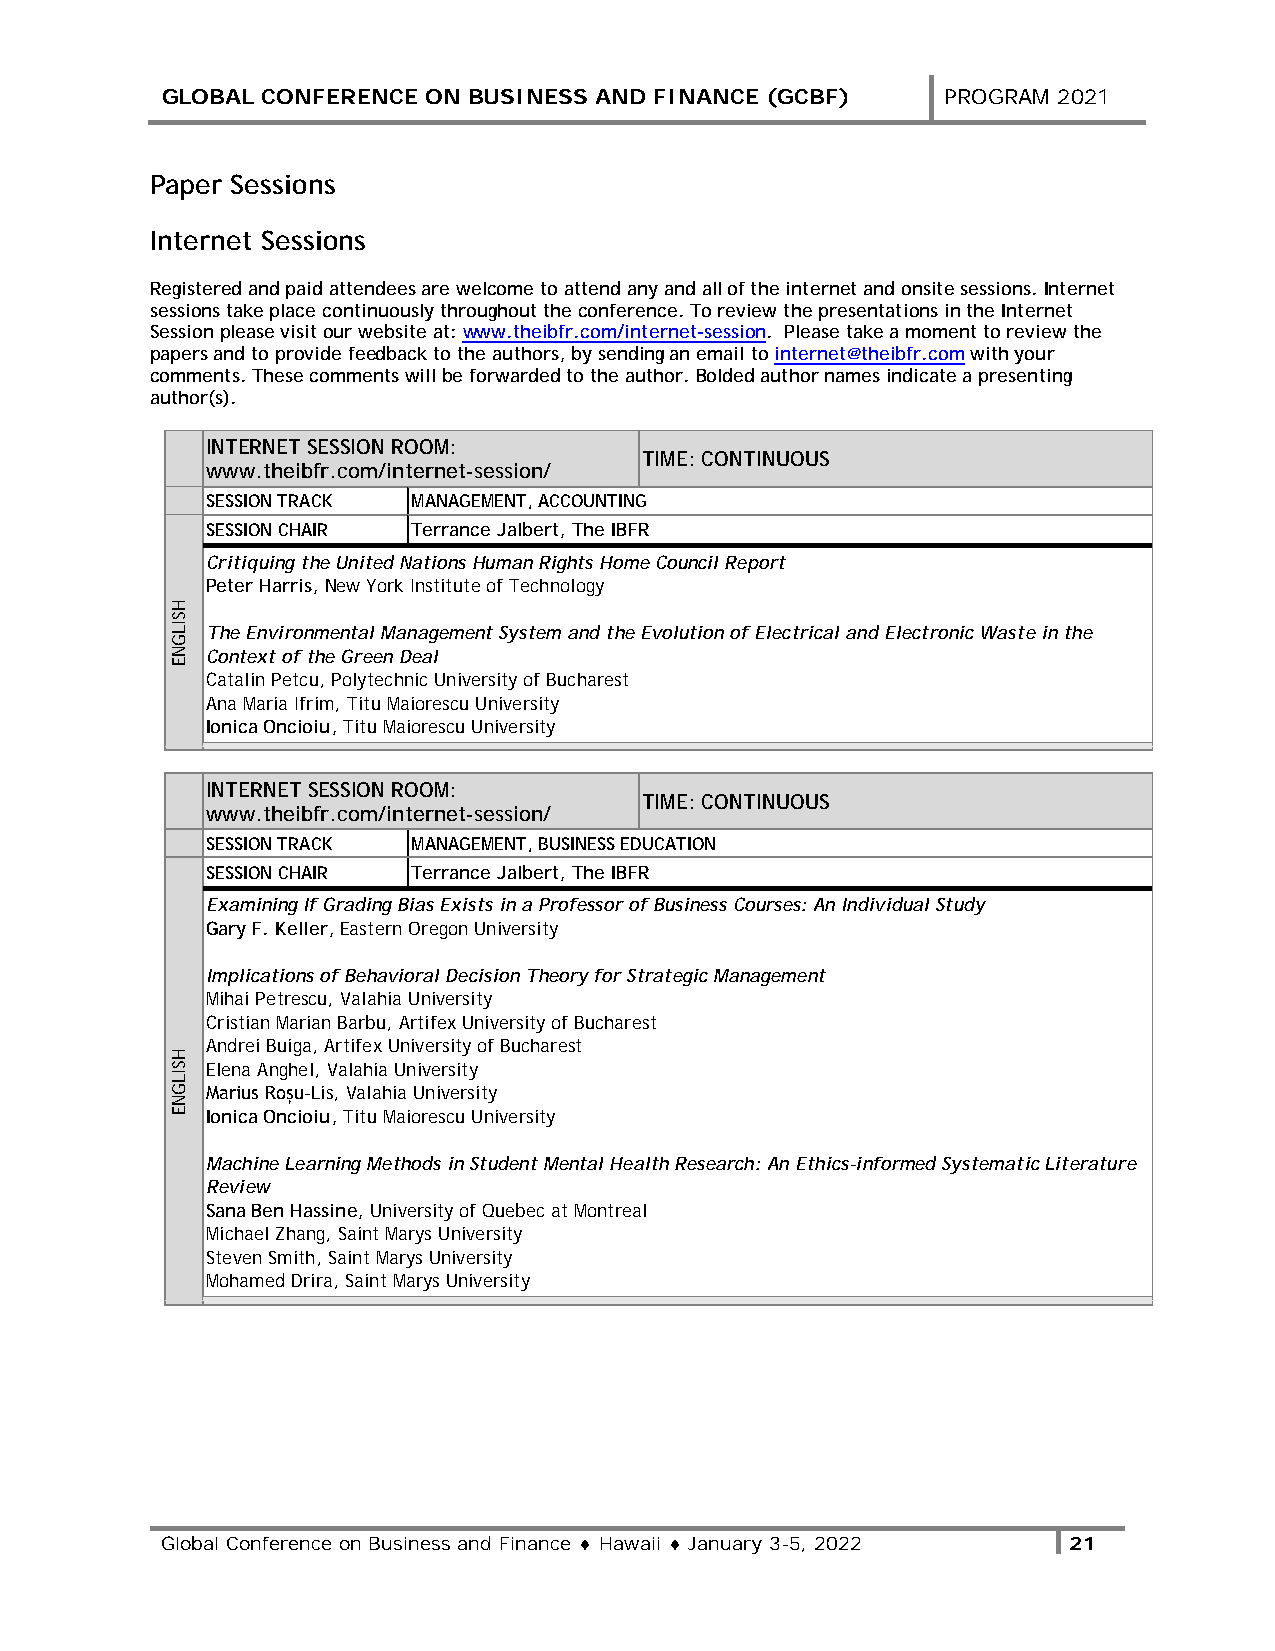
GLOBAL CONFERENCE ON BUSINESS AND FINANCE (GCBF)   PROGRAM 2021
 Paper Sessions
 Internet Sessions
 Registered and paid attendees are welcome to attend any and all of the internet and onsite sessions. Internet
 sessions take place continuously throughout the conference. To review the presentations in the Internet
 Session please visit our website at: www.theibfr.com/internet-session. Please take a moment to review the
 papers and to provide feedback to the authors, by sending an email to internet@theibfr.com with your
 comments. These comments will be forwarded to the author. Bolded author names indicate a presenting
 author(s).
 INTERNET SESSION ROOM:
 TIME: CONTINUOUS
 www.theibfr.com/internet-session/
 SESSION TRACK MANAGEMENT, ACCOUNTING
 SESSION CHAIR Terrance Jalbert, The IBFR
 Critiquing the United Nations Human Rights Home Council Report
 Peter Harris, New York Institute of Technology
 The Environmental Management System and the Evolution of Electrical and Electronic Waste in the
 Context of the Green Deal
 Catalin Petcu, Polytechnic University of Bucharest
 Ana Maria Ifrim, Titu Maiorescu University
 Ionica Oncioiu, Titu Maiorescu University
 INTERNET SESSION ROOM:
 TIME: CONTINUOUS
 www.theibfr.com/internet-session/
 SESSION TRACK MANAGEMENT, BUSINESS EDUCATION
 SESSION CHAIR Terrance Jalbert, The IBFR
 Examining If Grading Bias Exists in a Professor of Business Courses: An Individual Study
 Gary F. Keller, Eastern Oregon University
 Implications of Behavioral Decision Theory for Strategic Management
 Mihai Petrescu, Valahia University
 Cristian Marian Barbu, Artifex University of Bucharest
 Andrei Buiga, Artifex University of Bucharest
 Elena Anghel, Valahia University
 Marius Roșu-Lis, Valahia University
 Ionica Oncioiu, Titu Maiorescu University
 Machine Learning Methods in Student Mental Health Research: An Ethics-informed Systematic Literature
 Review
 Sana Ben Hassine, University of Quebec at Montreal
 Michael Zhang, Saint Marys University
 Steven Smith, Saint Marys University
 Mohamed Drira, Saint Marys University
 Global Conference on Business and Finance ♦ Hawaii ♦ January 3-5, 2022 21
 HSILGNE
 HSILGNE